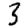
Digit: 3